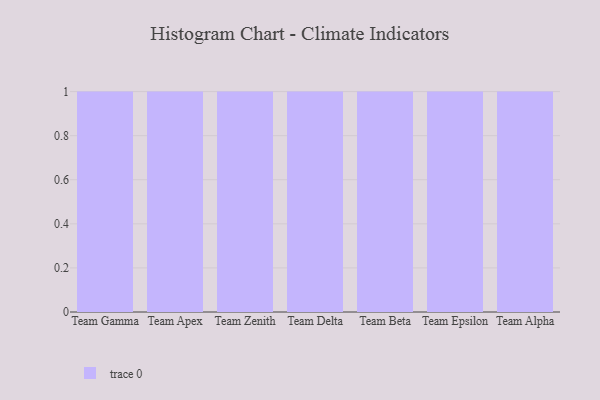
{"axis": {"x": "Team", "y": "Backlog"}, "legend": [""], "data": [{"x": "Team Gamma", "y": 8, "type": ""}, {"x": "Team Apex", "y": 63, "type": ""}, {"x": "Team Zenith", "y": 54, "type": ""}, {"x": "Team Delta", "y": 17, "type": ""}, {"x": "Team Beta", "y": 12, "type": ""}, {"x": "Team Epsilon", "y": 60, "type": ""}, {"x": "Team Alpha", "y": 96, "type": ""}]}